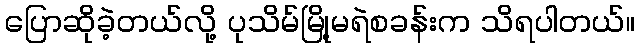
ပြောဆိုခဲ့တယ်လို့ ပုသိမ်မြို့မရဲစခန်းက သိရပါတယ်။